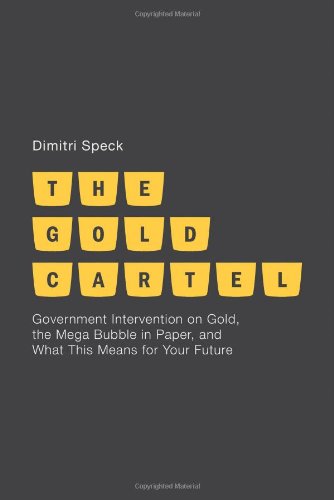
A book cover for The Gold Cartel: Government Intervention on Gold, the Mega Bubble in Paper, and What This Means for Your Future; Dimitri Speck; Business & Money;